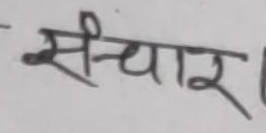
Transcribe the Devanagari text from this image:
सञ्चार